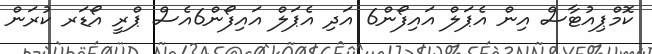
ކޮމްޕިއުޓާސް އިން އެޕަލް އައިފޯން6 އަދި އެޕަލް އައިފޯން6އެސް ޕްރީ އޯޑަރ ކުރަން